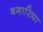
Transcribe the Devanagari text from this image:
बगारिया